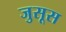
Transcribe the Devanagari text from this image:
जुसूस